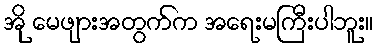
အို မေဖျားအတွက်က အရေးမကြီးပါဘူး။